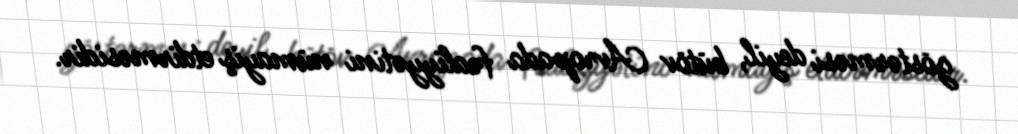
göstərməsi deyil, bütöv Avropada fəaliyyətini nümayiş etdirməsidir.